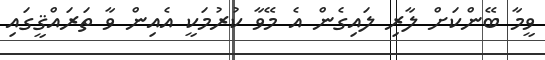
ވީމާ ބޭންކަށް ލާރި ލައިގެން އެ މޭވާ ކުރުމަކީ އެއިން ވާ ތަރައްޤީގައި